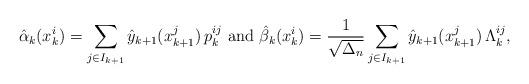
LaTeX: \begin{align*}\hat{\alpha}_k(x_k^i) = \sum_{j \in I_{k+1}} \hat y_{k+1}(x_{k+1}^j) \, p_k^{ij} \textrm{ and } \hat {\beta}_k(x_k^i) = \frac{1}{\sqrt{\Delta_n}} \sum_{j\in I_{k+1}} \hat y_{k+1}(x_{k+1}^j) \, \Lambda_k^{ij},\end{align*}